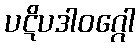
ပဋိပဒါဝဂ္ဂေါ